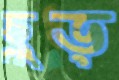
ছুড়